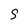
Character: S